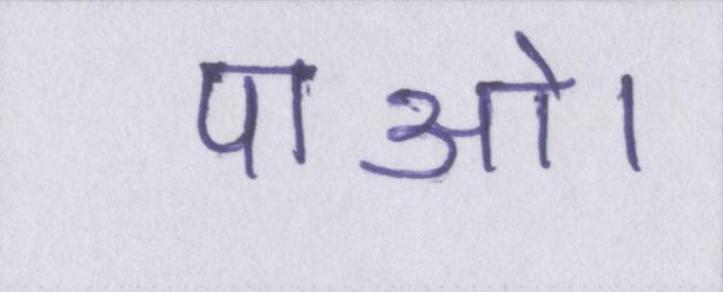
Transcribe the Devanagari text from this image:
पाओ।